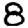
Digit: 8